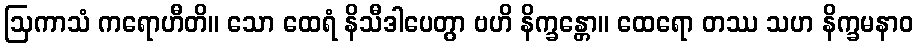
ဩကာသံ ကရောဟီတိ။ သော ထေရံ နိသီဒါပေတွာ ဗဟိ နိက္ခန္တော။ ထေရော တဿ သဟ နိက္ခမနာဝ